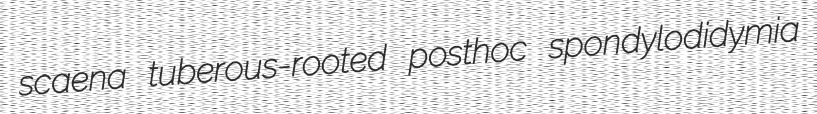
scaena tuberous-rooted posthoc spondylodidymia